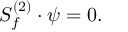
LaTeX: { \cal S } _ { f } ^ { ( 2 ) } \cdot \psi = 0 .